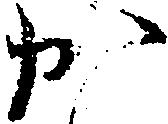
か